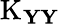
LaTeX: \operatorname{K}_{\mathbf{YY}}